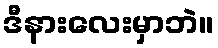
ဒီနားလေးမှာဘဲ။